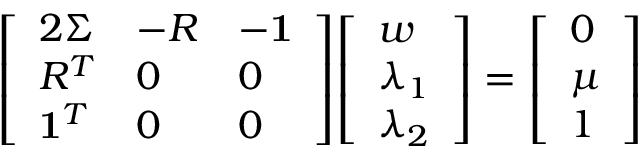
{ \left[ \begin{array} { l l l } { 2 \Sigma } & { - R } & { - { \bf { 1 } } } \\ { R ^ { T } } & { 0 } & { 0 } \\ { { \bf { 1 } } ^ { T } } & { 0 } & { 0 } \end{array} \right] } { \left[ \begin{array} { l } { w } \\ { \lambda _ { 1 } } \\ { \lambda _ { 2 } } \end{array} \right] } = { \left[ \begin{array} { l } { 0 } \\ { \mu } \\ { 1 } \end{array} \right] }